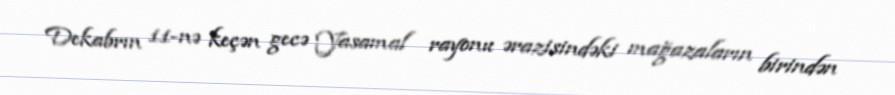
Dekabrın 11-nə keçən gecə Yasamal rayonu ərazisindəki mağazaların birindən